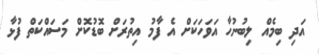
އަދި ބިމެއް ލިބުނުހާ އަވަހަކަށް އެ ފާމު އިތުރަށް ބޮޑުކޮށް މަސައްކަތް ފުޅާ